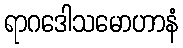
ရာဂဒေါသမောဟာနံ